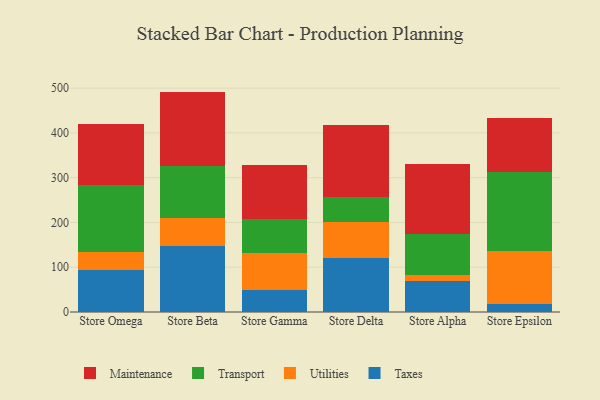
{"axis": {"x": "Store", "y": "Latency (ms)"}, "legend": ["Maintenance", "Taxes", "Transport", "Utilities"], "data": [{"x": "Store Omega", "y": 93.3, "type": "Taxes"}, {"x": "Store Omega", "y": 41.4, "type": "Utilities"}, {"x": "Store Omega", "y": 150.0, "type": "Transport"}, {"x": "Store Omega", "y": 134.6, "type": "Maintenance"}, {"x": "Store Beta", "y": 148.1, "type": "Taxes"}, {"x": "Store Beta", "y": 62.1, "type": "Utilities"}, {"x": "Store Beta", "y": 115.8, "type": "Transport"}, {"x": "Store Beta", "y": 166.2, "type": "Maintenance"}, {"x": "Store Gamma", "y": 50.2, "type": "Taxes"}, {"x": "Store Gamma", "y": 80.9, "type": "Utilities"}, {"x": "Store Gamma", "y": 76.0, "type": "Transport"}, {"x": "Store Gamma", "y": 120.6, "type": "Maintenance"}, {"x": "Store Delta", "y": 121.0, "type": "Taxes"}, {"x": "Store Delta", "y": 80.9, "type": "Utilities"}, {"x": "Store Delta", "y": 55.4, "type": "Transport"}, {"x": "Store Delta", "y": 161.2, "type": "Maintenance"}, {"x": "Store Alpha", "y": 69.2, "type": "Taxes"}, {"x": "Store Alpha", "y": 14.1, "type": "Utilities"}, {"x": "Store Alpha", "y": 89.9, "type": "Transport"}, {"x": "Store Alpha", "y": 158.0, "type": "Maintenance"}, {"x": "Store Epsilon", "y": 16.9, "type": "Taxes"}, {"x": "Store Epsilon", "y": 118.4, "type": "Utilities"}, {"x": "Store Epsilon", "y": 176.3, "type": "Transport"}, {"x": "Store Epsilon", "y": 121.2, "type": "Maintenance"}]}